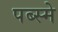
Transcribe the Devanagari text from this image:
पब्स्मे